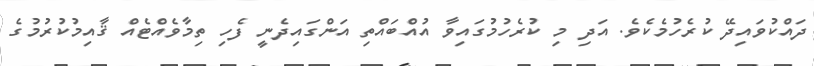
ދައްކުވައިދޭ ކުރެހުމެކެވެ. އަދި މި ކުރެހުމުގައިވާ އުއްބައްތި އަންގައިދެނީ ފެހި ތިމާވެއްޓެއް ޤާއިމުކުރުމުގެ